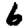
Digit: 6